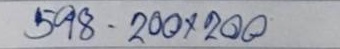
598 - 200 x 200